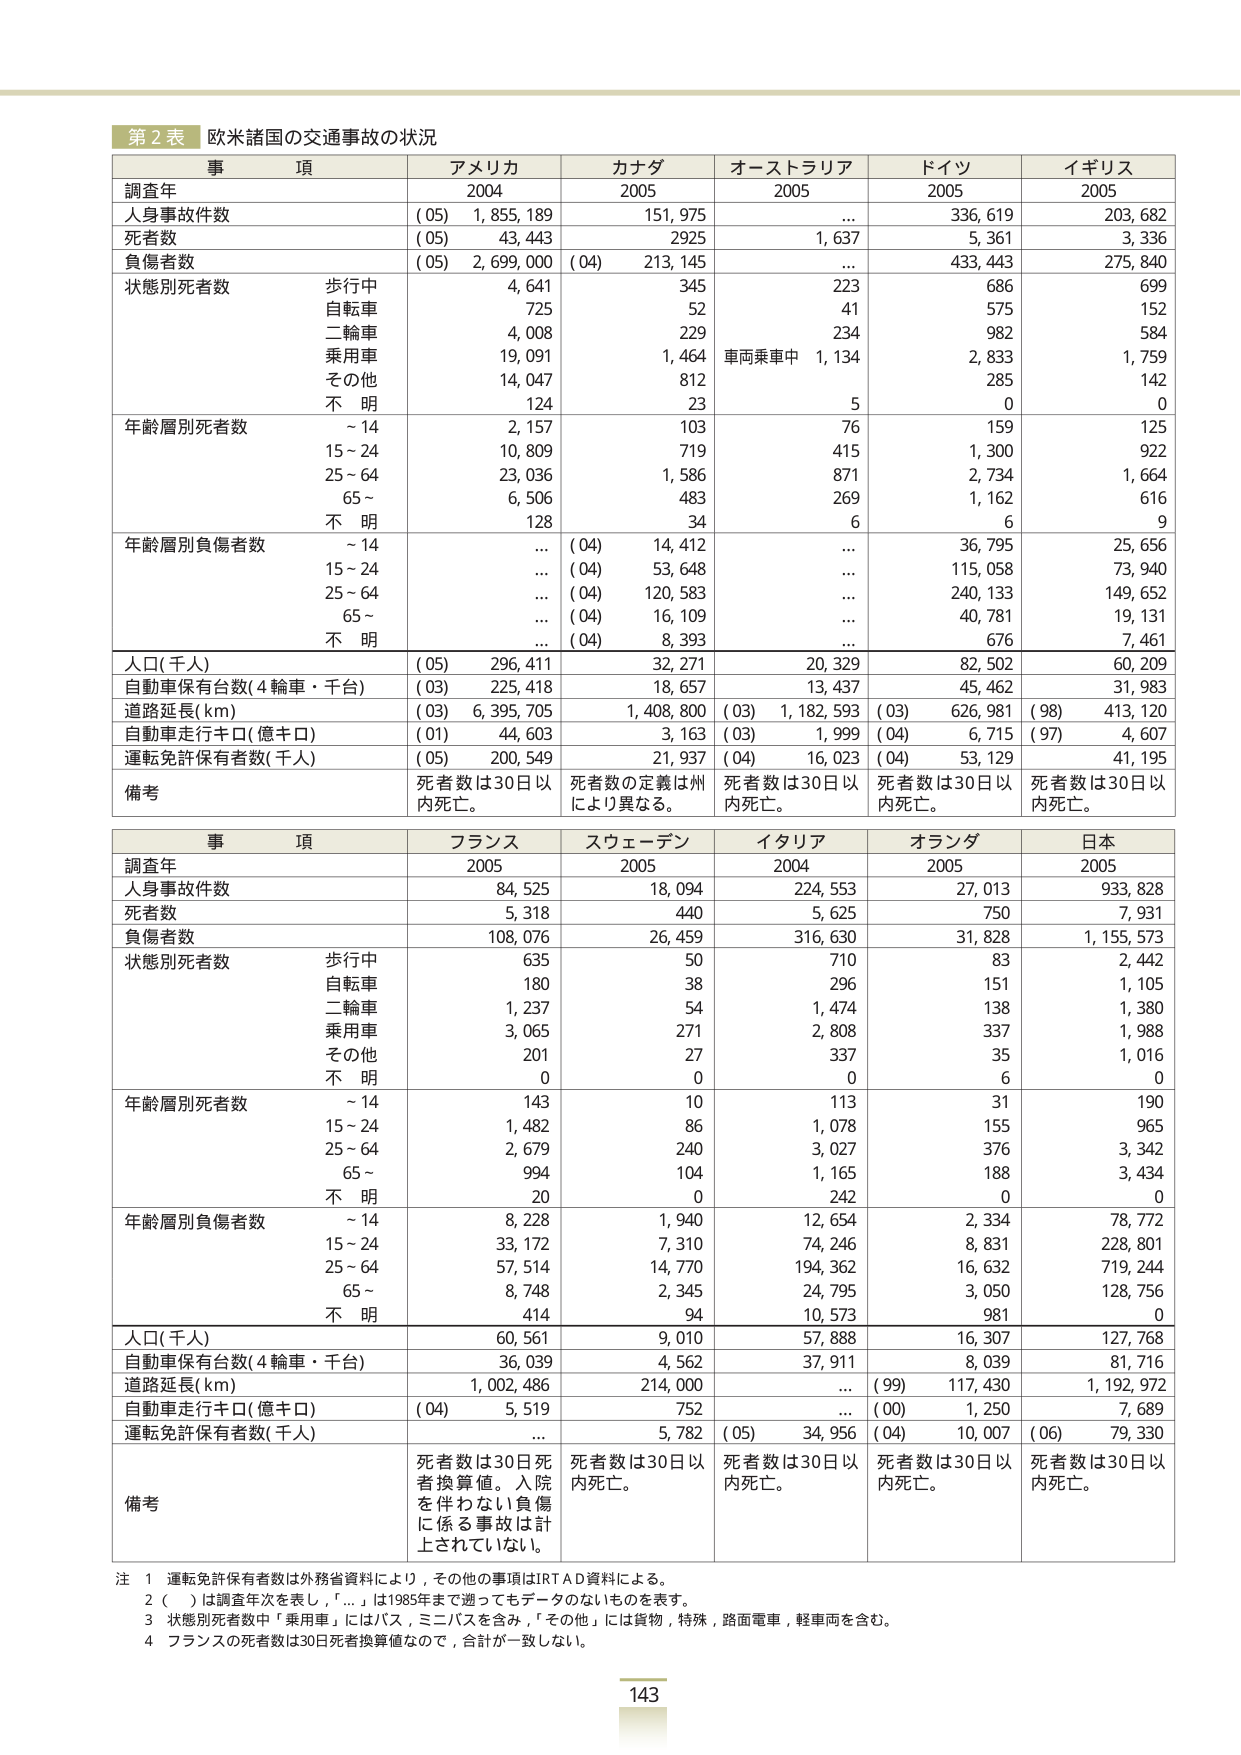
第２表 欧米諸国の交通事故の状況

事 項 アメリカ カナダ オーストラリア ドイツ イギリス
調査年 2004 2005 2005 2005 2005
人身事故件数 (05) 1,855,189 151,975... 336,619 203,682
死者数 (05) 43,443 2925 1,637 5,361 3,336
負傷者数 (05) 2,699,000 (04) 213,145... 433,443 275,840
状態別死者数 歩行中 4,641 345 223 686 699
自転車 725 52 41 575 152
二輪車 4,008 229 234 982 584
乗用車 19,091 1,464 車両乗車中 1,134 2,833 1,759
その他 14,047 812 285 142
不 明 124 23 5 0 0
年齢層別死者数 ~14 2,157 103 76 159 125
15~24 10,809 719 415 1,300 922
25~64 23,036 1,586 871 2,734 1,664
65~ 6,506 483 269 1,162 616
不 明 128 34 6 6 9
年齢層別負傷者数 ~14... (04) 14,412... 36,795 25,656
15~24... (04) 53,648... 115,058 73,940
25~64... (04) 120,583... 240,133 149,652
65~... (04) 16,109... 40,781 19,131
不 明... (04) 8,393... 676 7,461
人口(千人) (05) 296,411 32,271 20,329 82,502 60,209
自動車保有台数(4輪車・千台) (03) 225,418 18,657 13,437 45,462 31,983
道路延長(km) (03) 6,395,705 1,408,800 (03) 1,182,593 (03) 626,981 (98) 413,120
自動車走行キロ(億キロ) (01) 44,603 3,163 (03) 1,999 (04) 6,715 (97) 4,607
運転免許保有者数(千人) (05) 200,549 21,937 (04) 16,023 (04) 53,129 41,195
備考 死者数は30日以内死亡。 死者数の定義は州により異なる。 死者数は30日以内死亡。 死者数は30日以内死亡。 死者数は30日以内死亡。

事 項 フランス スウェーデン イタリア オランダ 日本
調査年 2005 2005 2004 2005 2005
人身事故件数 84,525 18,094 224,553 27,013 933,828
死者数 5,318 440 5,625 750 7,931
負傷者数 108,076 26,459 316,630 31,828 1,155,573
状態別死者数 歩行中 635 50 710 83 2,442
自転車 180 38 296 151 1,105
二輪車 1,237 54 1,474 138 1,380
乗用車 3,065 271 2,808 337 1,988
その他 201 27 337 35 1,016
不 明 0 0 0 6 0
年齢層別死者数 ~14 143 10 113 31 190
15~24 1,482 86 1,078 155 965
25~64 2,679 240 3,027 376 3,342
65~ 994 104 1,165 188 3,434
不 明 20 0 242 0 0
年齢層別負傷者数 ~14 8,228 1,940 12,654 2,334 78,772
15~24 33,172 7,310 74,246 8,831 228,801
25~64 57,514 14,770 194,362 16,632 719,244
65~ 8,748 2,345 24,795 3,050 128,756
不 明 414 94 10,573 981 0
人口(千人) 60,561 9,010 57,888 16,307 127,768
自動車保有台数(4輪車・千台) 36,039 4,562 37,911 8,039 81,716
道路延長(km) 1,002,486 214,000... (99) 117,430 1,192,972
自動車走行キロ(億キロ) (04) 5,519 752... (00) 1,250 7,689
運転免許保有者数(千人)... 5,782 (05) 34,956 (04) 10,007 (06) 79,330
備考 死者数は30日死者換算値。入院を伴わない負傷に係る事故は計上されていない。 死者数は30日以内死亡。 死者数は30日以内死亡。 死者数は30日以内死亡。 死者数は30日以内死亡。

注 1 運転免許保有者数は外務省資料により、その他の事項はIRTAD資料による。
2 ( )は調査年次を表し、「...」は1985年まで遡ってもデータのないものを表す。
3 状態別死者数中「乗用車」にはバス、ミニバスを含み、「その他」には貨物、特殊、路面電車、軽車両を含む。
4 フランスの死者数は30日死者換算値なので、合計が一致しない。

143